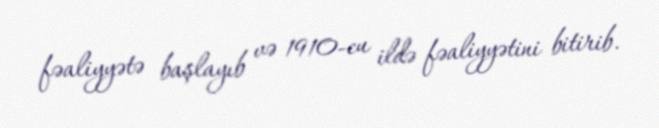
fəaliyyətə başlayıb və 1910-cu ildə fəaliyyətini bitirib.